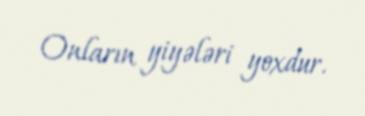
Onların yiyələri yoxdur.